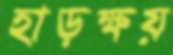
হাড়ক্ষয়